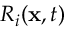
R _ { i } ( \mathbf { x } , t )